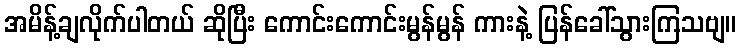
အမိန့်ချလိုက်ပါတယ် ဆိုပြီး ကောင်းကောင်းမွန်မွန် ကားနဲ့ ပြန်ခေါ်သွားကြသဗျ။